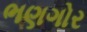
ભણગોર